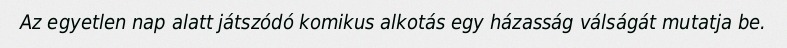
Az egyetlen nap alatt játszódó komikus alkotás egy házasság válságát mutatja be.